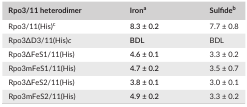
| Rpo3/11 heterodimer | Irona | Sulfideb |
 | --- | --- | --- |
 | Rpo3/11(His)c | 8.3 ± 0.2 | 7.7 ± 0.8 |
 | Rpo3ΔD3/11(His)c | BDL | BDL |
 | Rpo3ΔFeS1/11(His) | 4.6 ± 0.1 | 3.3 ± 0.2 |
 | Rpo3mFeS1/11(His) | 4.7 ± 0.2 | 3.5 ± 0.7 |
 | Rpo3ΔFeS2/11(His) | 3.8 ± 0.1 | 3.0 ± 0.1 |
 | Rpo3mFeS2/11(His) | 4.9 ± 0.2 | 3.3 ± 0.2 |